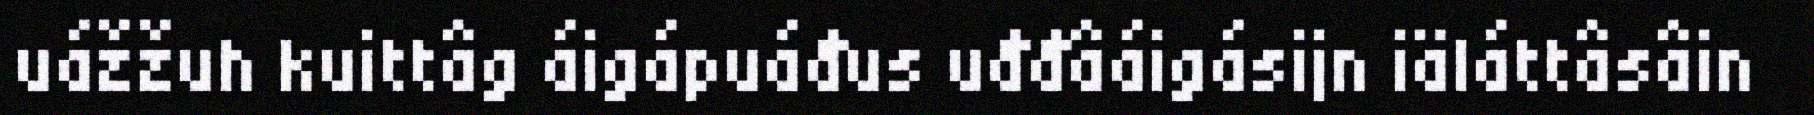
uážžuh kuittâg áigápuáđus uđđâáigásijn iäláttâsâin